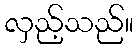
လှည့်သည်။